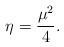
LaTeX: \begin{align*}\eta= \frac{\mu^{2} }{4}.\end{align*}